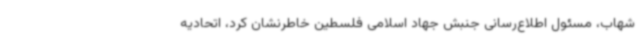
شهاب، مسئول اطلاع‌رسانی جنبش جهاد اسلامی فلسطین خاطرنشان کرد، اتحادیه